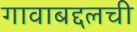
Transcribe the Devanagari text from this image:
गावाबद्दलची